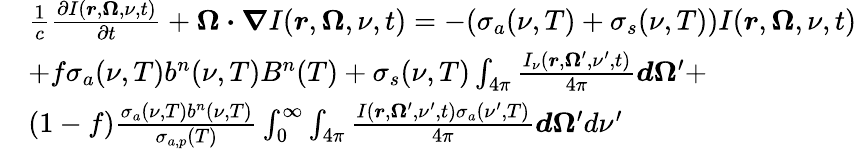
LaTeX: \begin{array}{rl}&{\frac{1}{c}\frac{\partial I(\boldsymbol{r},\boldsymbol{\Omega},\nu,t)}{\partial t}+\boldsymbol{\Omega\cdot\nabla}I(\boldsymbol{r},\boldsymbol{\Omega},\nu,t)=-(\sigma_{a}(\nu,T)+\sigma_{s}(\nu,T))I(\boldsymbol{r},\boldsymbol{\Omega},\nu,t)}\\ &{+f\sigma_{a}(\nu,T)b^{n}(\nu,T)B^{n}(T)+\sigma_{s}(\nu,T)\int_{4\pi}\frac{I_{\nu}(\boldsymbol{r},\boldsymbol{\Omega}^{\prime},\nu^{\prime},t)}{4\pi}\boldsymbol{d\Omega}^{\prime}+}\\ &{(1-f)\frac{\sigma_{a}(\nu,T)b^{n}(\nu,T)}{\sigma_{a,p}(T)}\int_{0}^{\infty}\int_{4\pi}\frac{I(\boldsymbol{r},\boldsymbol{\Omega}^{\prime},\nu^{\prime},t)\sigma_{a}(\nu^{\prime},T)}{4\pi}\boldsymbol{d\Omega}^{\prime}d\nu^{\prime}}\end{array}